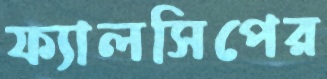
ফ্যালসিপের